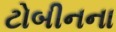
ટોબીનના